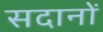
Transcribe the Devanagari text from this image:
सदानों